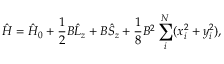
\hat { H } = \hat { H } _ { 0 } + \frac { 1 } { 2 } B \hat { L } _ { z } + B \hat { S } _ { z } + \frac { 1 } { 8 } B ^ { 2 } \sum _ { i } ^ { N } ( x _ { i } ^ { 2 } + y _ { i } ^ { 2 } ) ,